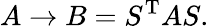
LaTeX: A\to B=S^{\mathrm{T}}AS.